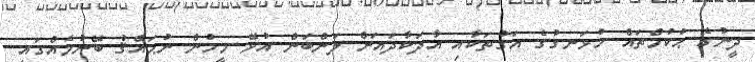
ދީނުގެ ޙުކުމްތައް ހުޅަނގުގެ އަގުތަކާއި އާދަކާދައަށް ލަންބަން އުޅޭ މީހުން ނުޙައްޤު ބޭނުމެއްގައި